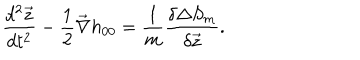
\frac { d ^ { 2 } { \vec { z } } } { d t ^ { 2 } } - \frac { 1 } { 2 } { \vec { \nabla } } h _ { 0 0 } = \frac { 1 } { m } \frac { \delta \Delta S _ { m } } { \delta { \vec { z } } } .